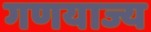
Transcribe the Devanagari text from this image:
गणयाज्य